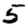
Digit: 5